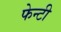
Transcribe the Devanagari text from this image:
फेन्टी